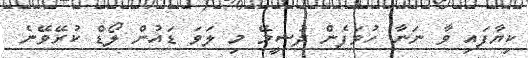
ކިޔާފައި ވާ ނަނާ ހުވަފެން ދުޝީމޭ މި ލަވަ ޑައުން ލޯޑް ކުރޭވޭނެ